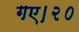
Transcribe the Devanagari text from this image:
गए।२०